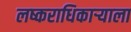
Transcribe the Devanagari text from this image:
लष्कराधिकाऱ्याला